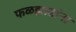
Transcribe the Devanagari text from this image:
फळझाडांना